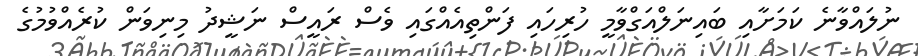
ނުލައްވާނެ ކަމަށާއި ބައިނަލްއަގްވާމީ ހުރިހައި ފަންތިއެއްގައި ވެސް ރައީސް ނަޝީދު މިނިވަން ކުރެއްވުމުގެ